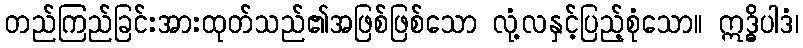
တည်ကြည်ခြင်းအားထုတ်သည်၏အဖြစ်ဖြစ်သော လုံ့လနှင့်ပြည့်စုံသော။ ဣဒ္ဓိပါဒံ၊